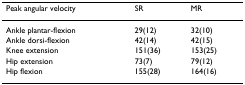
<table><thead><tr><td><b>Peak angular velocity</b></td><td><b>SR</b></td><td><b>MR</b></td></tr></thead><tbody><tr><td>Ankle plantar-flexion</td><td>29(12)</td><td>32(10)</td></tr><tr><td>Ankle dorsi-flexion</td><td>42(14)</td><td>42(15)</td></tr><tr><td>Knee extension</td><td>151(36)</td><td>153(25)</td></tr><tr><td>Hip extension</td><td>73(7)</td><td>79(12)</td></tr><tr><td>Hip flexion</td><td>155(28)</td><td>164(16)</td></tr></tbody></table>